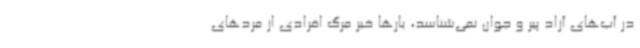
در آب‌های آزاد پیر و جوان نمی‌شناسد، بارها خبر مرگ افرادی از مردهای